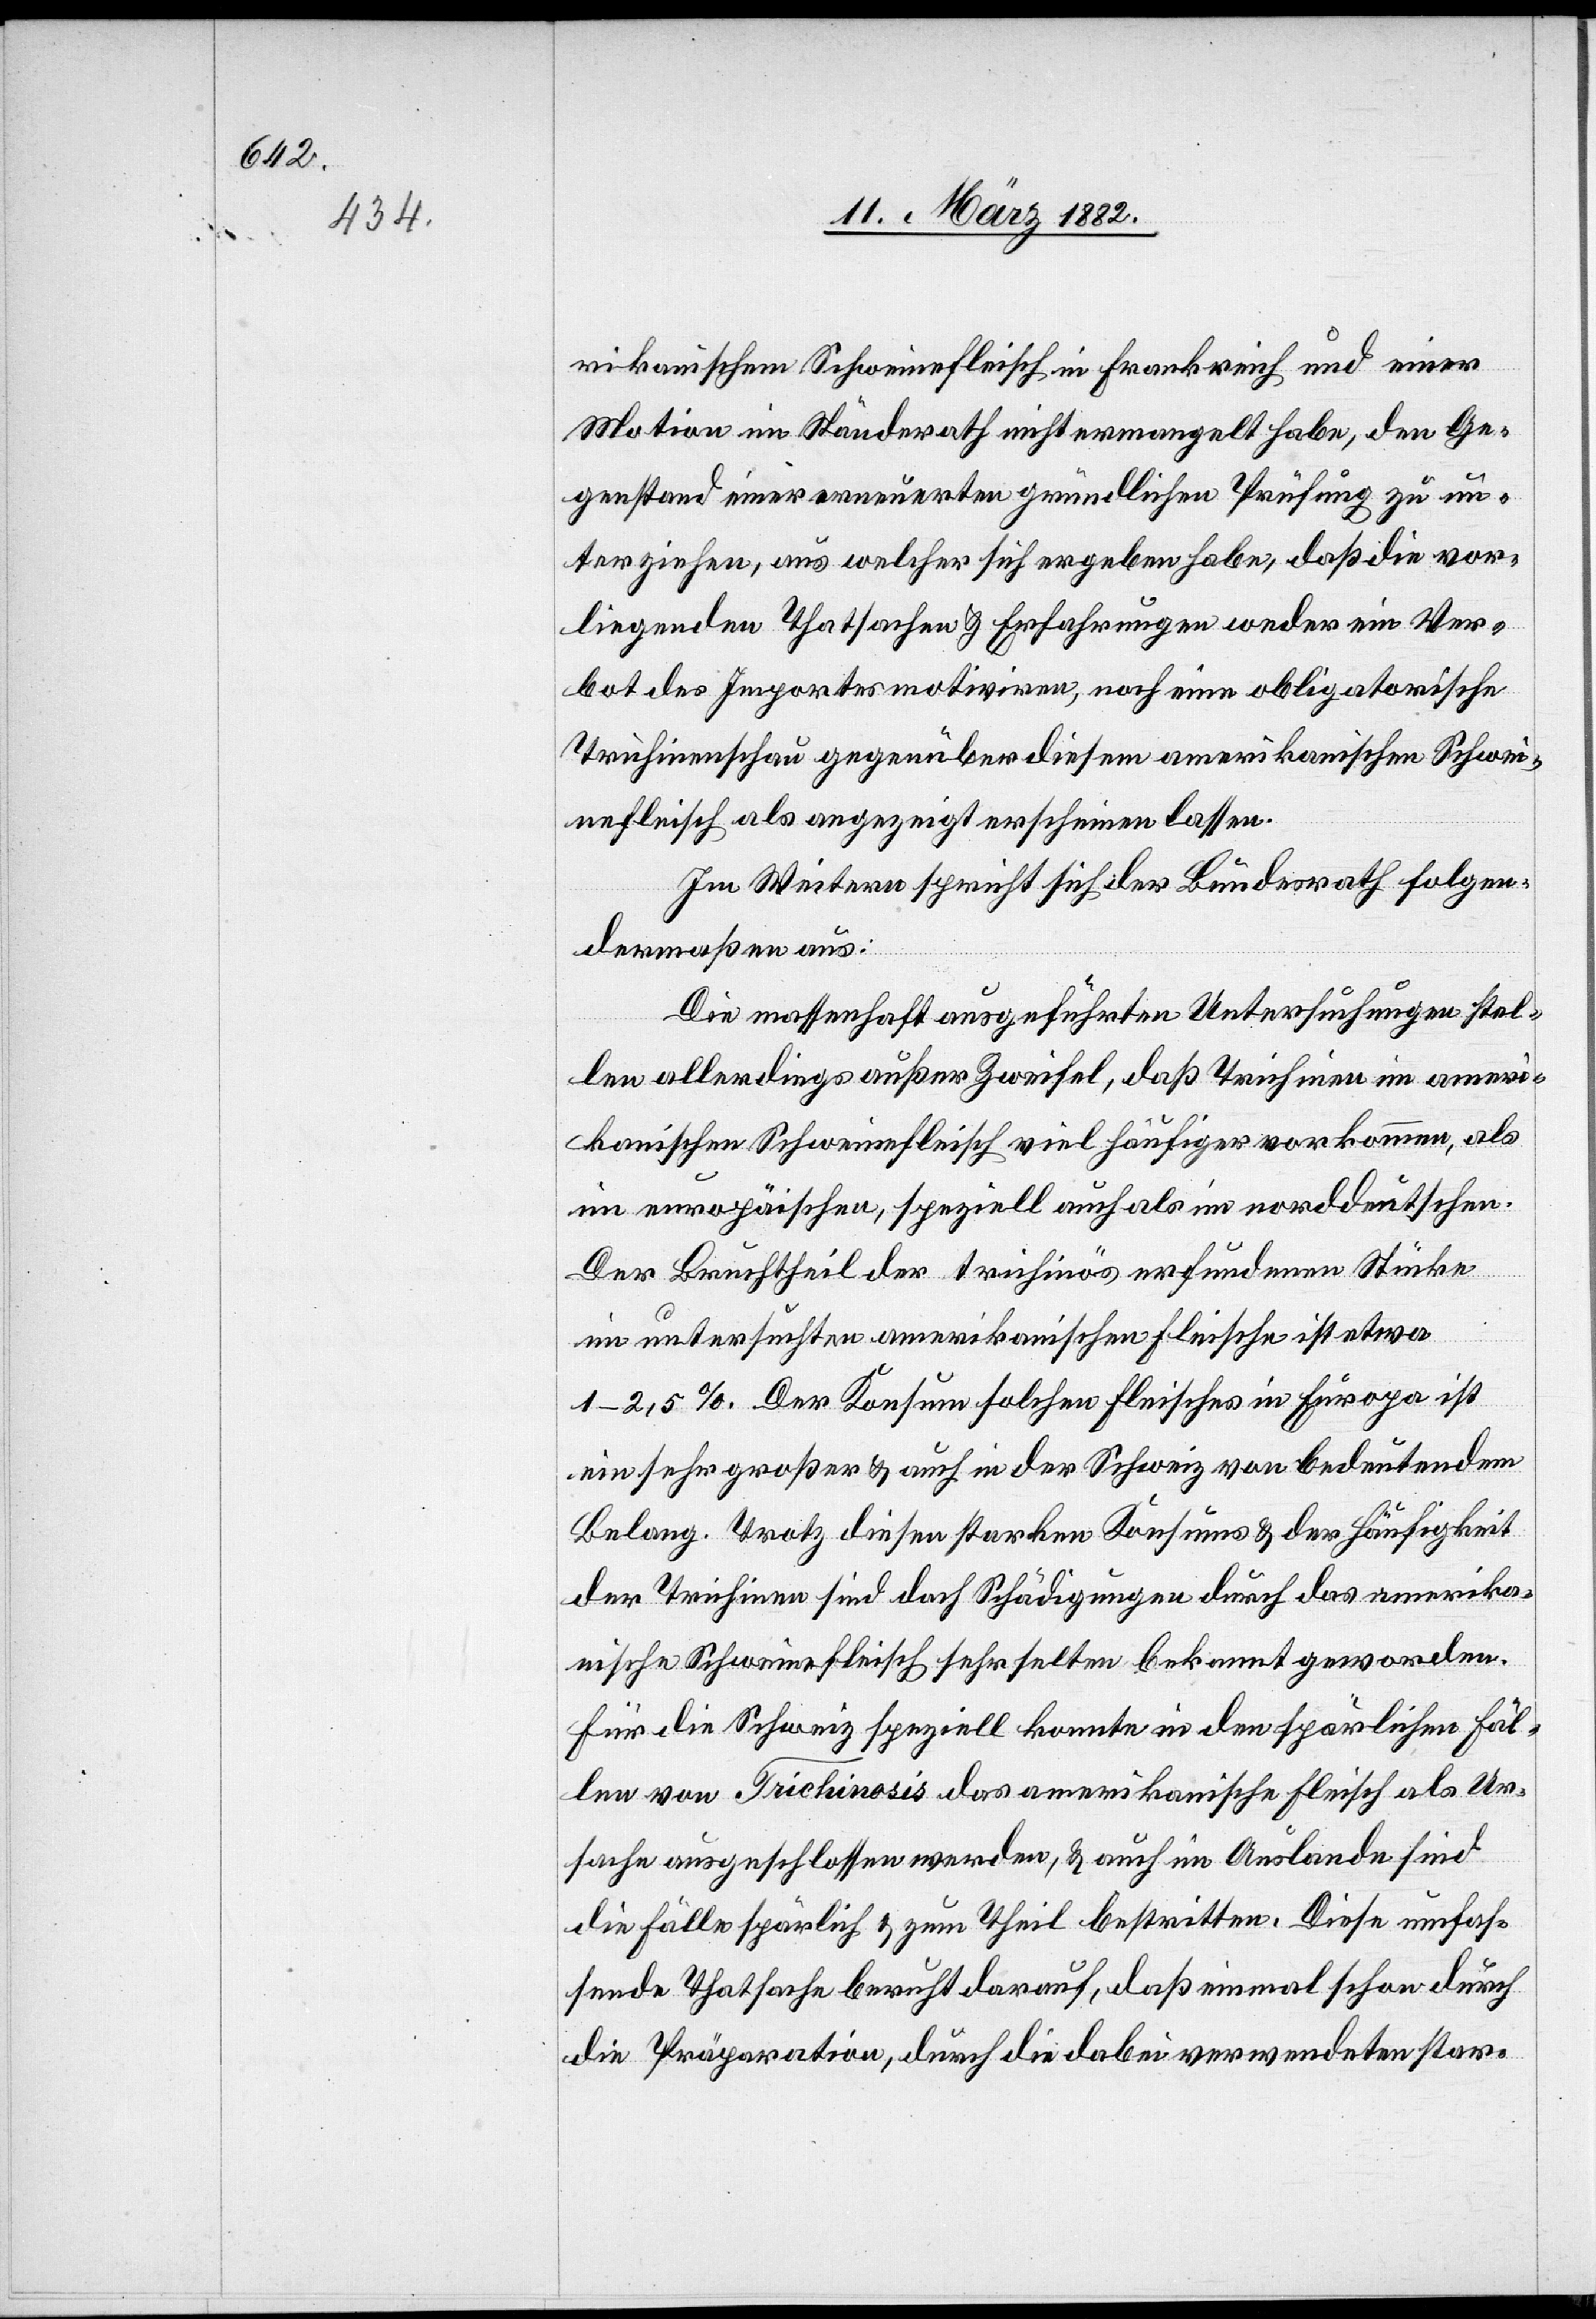
rikanischem Schweinefleisch in Frankreich und einer
Motion im Ständerath nicht ermangelt habe, den Ge¬
genstand einer erneuerten gründlichen Prüfung zu un¬
terziehen, aus welcher sich ergeben habe, daß die vor¬
liegenden Thatsachen & Erfahrungen weder ein Ver¬
bot des Importes motivieren, noch eine obligatorische
Trichinenschau gegenüber diesem amerikanischen Schwei¬
nefleisch als angezeigt erscheinen lassen.
Im Weiteren spricht sich der Bundesrath folgen¬
dermaßen aus:
Die massenhaft ausgeführten Untersuchungen stel¬
len allerdings außer Zweifel, daß Trichinen im ameri¬
kanischen Schweinefleisch viel häufiger vorkommen, als
im europäischen, speziell auch als im norddeutschen.
Der Bruchtheil der trichinös erfundenen Stücke
im untersuchten amerikanischen Fleische ist etwa
1–2,5%. Der Konsum solchen Fleisches in Fürsorge ist
ein sehr großer & auch in der Schweiz von beutendem
Belang. Trotz diesem starken Konsums & der Häufigkeit
der Trichinen sind doch Schädigungen durch das amerika¬
nische Schweinefleisch sehr selten bekannt geworden.
Für die Schweiz speziell konnte in den spärlichen Fäl¬
len von Trichinosis das amerikanische Fleisch als Ur¬
sache ausgeschlossen werden, & auch im Auslande sind
die Fälle spärlich & zum Theil bestritten. Diese umfas¬
sende Thatsache beruht darauf, daß einmal schon durch
die Präparation, durch die dabei verwendeten star-